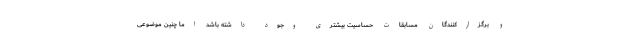
و برگزارکنندگان مسابقات حساسیت بیشتری وجود داشته باشد اما چنین موضوعی